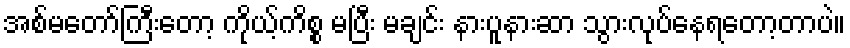
အစ်မတော်ကြီးတော့ ကိုယ့်ကိစ္စ မပြီး မချင်း နားပူနားဆာ သွားလုပ်နေရတော့တာပဲ။